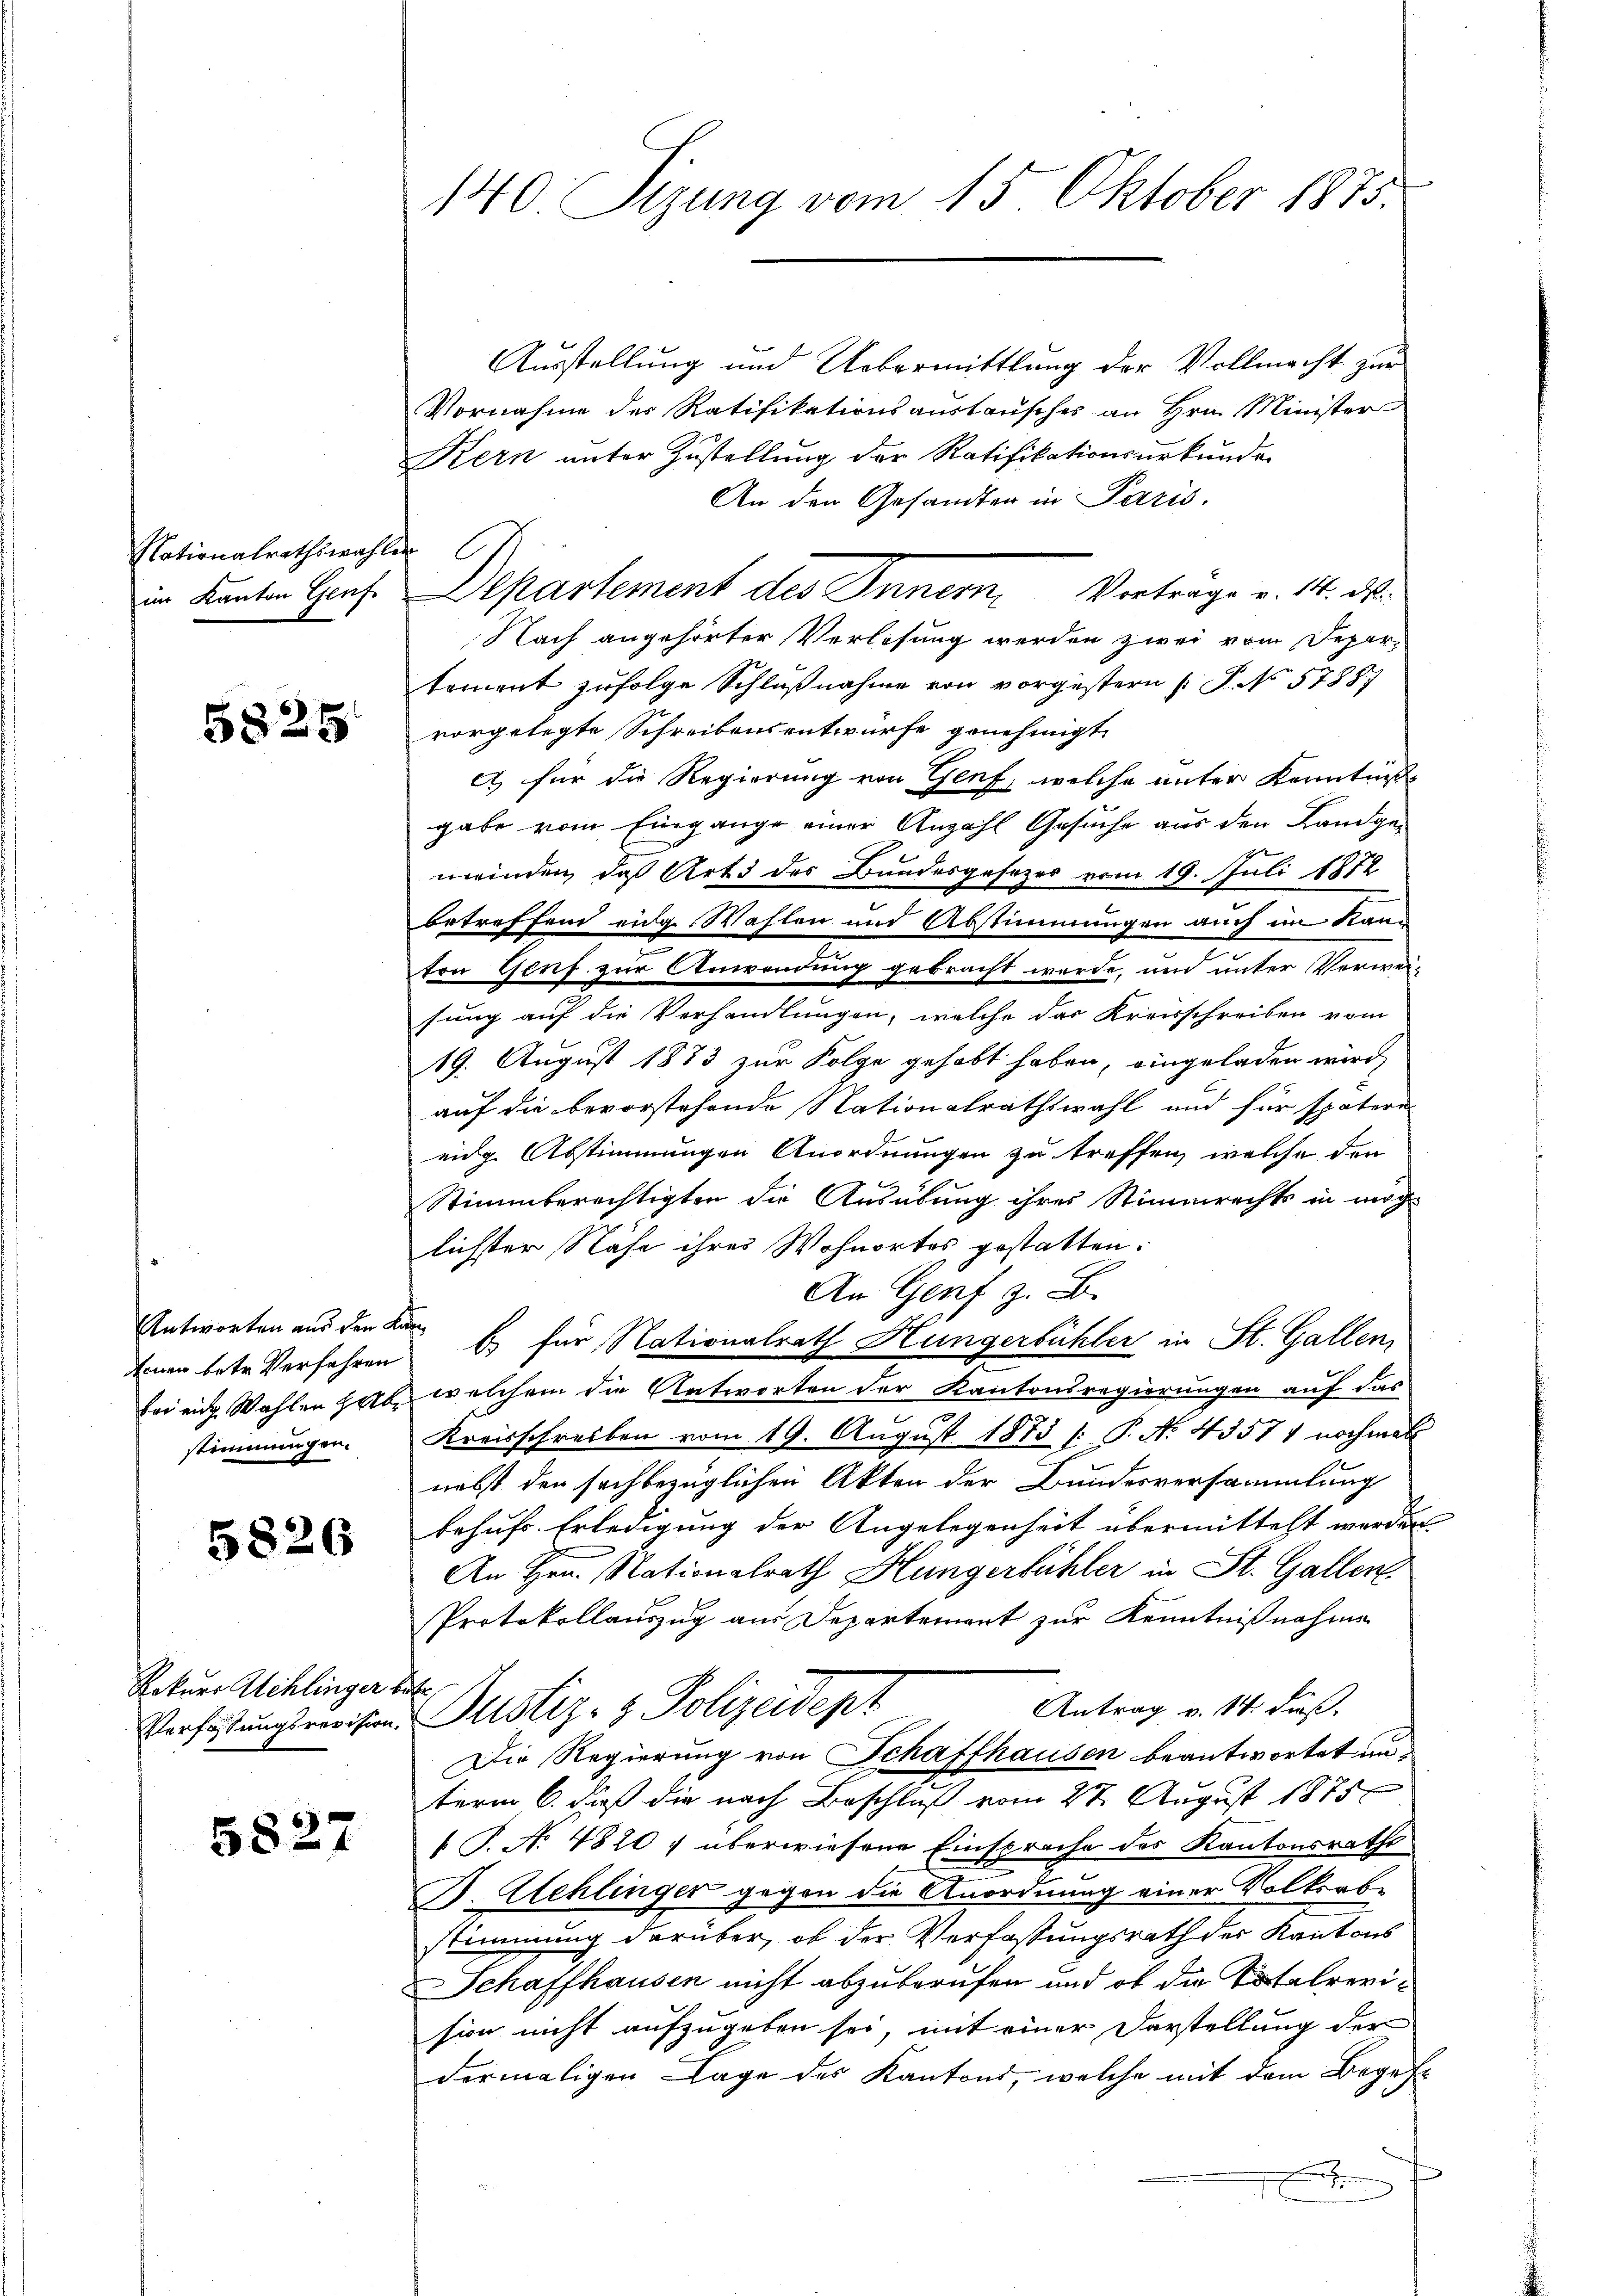
Nationalrathswahlen
im Kanton Genf

5825

Antworten aus den Kanstimmungen.

5826

Rekurs Schlinger

5827

140 Sizung vom 15. Oktober 1875.

Ausstellung und Uebermittlung der Vollmacht zum
Vornahme des Ratifikationsaustausches an Hrn. Minister
Kern unter Zustellung der Ratifikationsurkunden
An den Gesandten in Paris.
Nach angehörter Verlesung werden zwei vom Departament zufolge Schlußnahme von vorgestern P. No 57887
vorgelegte Schreibensentwürfe genehmigt.
et für die Regierung von Genf, welche unter Kenntnis
gabe vom Eingange einer Anzahl Gesuche aus den Landge¬
19
meinden, daß Art des Bundesgesezes vom 19. Juli 1872
betreffend eidg. Wahlen und Abstimmungen auch im Kanton Genf zur Anwendung gebracht werde, und unter Verweisung auf die Verhandlungen, welche das Kreisschreiben vom
19. August 1883 zur Folge gehabt haben, eingeladen wird,
auf die bevorstehende Nationalrathswahl und für spätere
eidg Abstimmungen Anordnungen zu treffen, welche den
Stimmberechtigten die Ausübung ihres Stimmrechts in möglichster Nähe ihres Wohnortes gestatten.
An Genf z. B.
Einen betr. Verfahren es für Nationalrath Hungerbühler in St. Gallen,
fer ein Wahlen hab welchem die Antworten der Kantonsregierungen auf das
Kreisschreiben vom 19. August 1875 /: P. No. 43577 nochmal
nebst den sachbezüglichen Akten der Bundesversammlung
behufs Erledigung der Angelegenheit übermittelt werden.
An Hrn. Nationalrath Hungerbühler in St. Gallen
Protokollauszug aus Departement zur Kenntnißnahme
tafe
Antrag v. 14. dieß.
Verfaßungsreisen. Justiz- & Polizeidept
Die Regierung von Schaffhausen beantwortet un
term 6. daß die nach Beschluß vom 28. August 1875
T. No 4820 f überwiesene Einsprache des Kantonsrathe
B. Alchlinger gegen die Anordnung einer Volkerbe
stimmung darüber, ob der Verfassungsrath der Kantons
Schaffhausen nicht abzuberufen und ob die Totalrerision nicht aufzugeben sei, mit einer Darstellung der
dermaligen Lage des Kantons, welche mit dem Begeh¬
.

Departement des Inner Verträge v. 14. d.